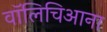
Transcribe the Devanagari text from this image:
वॉलिचिआना